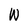
Character: W